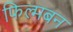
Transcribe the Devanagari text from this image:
फिल्मबन